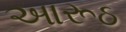
આરૂઠ